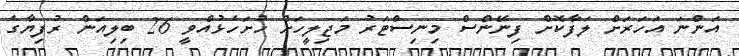
އަންނަ އަހަރަށް ލަފާކޮށް ފިނޭންސް މިނިސްޓަރު މަޖިލީހަށް ހުށަހެޅުއްވީ 26 ބިލިއަން ރުފިޔާގެ